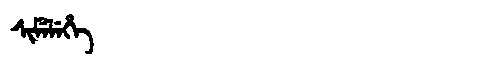
Manchu: ᠰᡳᠮᡝᠯᡝᡥᡝ
Romanization: SIMELEHE